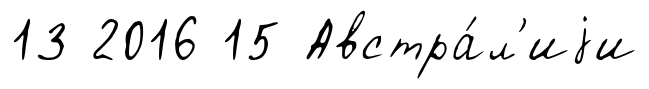
13 2016 15 Австра́л'иjи